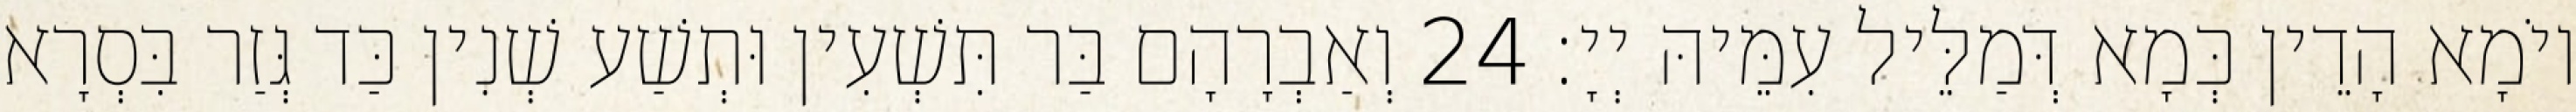
יוֹמָא הָדֵין כְּמָא דְּמַלֵּיל עִמֵּיהּ יְיָ׃ 24 וְאַבְרָהָם בַּר תִּשְׁעִין וּתְשַׁע שְׁנִין כַּד גְּזַר בִּסְרָא